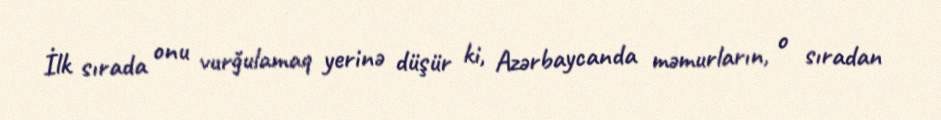
İlk sırada onu vurğulamaq yerinə düşür ki, Azərbaycanda məmurların, o sıradan